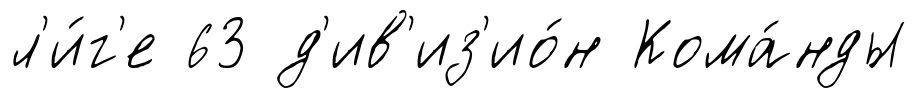
л'и́г'е 63 д'ив'из'ио́н Кома́нды